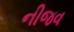
નીજવ